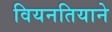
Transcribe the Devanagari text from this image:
वियनतियाने